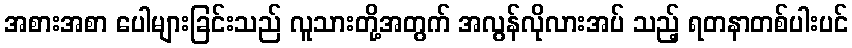
အစားအစာ ပေါများခြင်းသည် လူသားတို့အတွက် အလွန်လိုလားအပ် သည့် ရတနာတစ်ပါးပင်